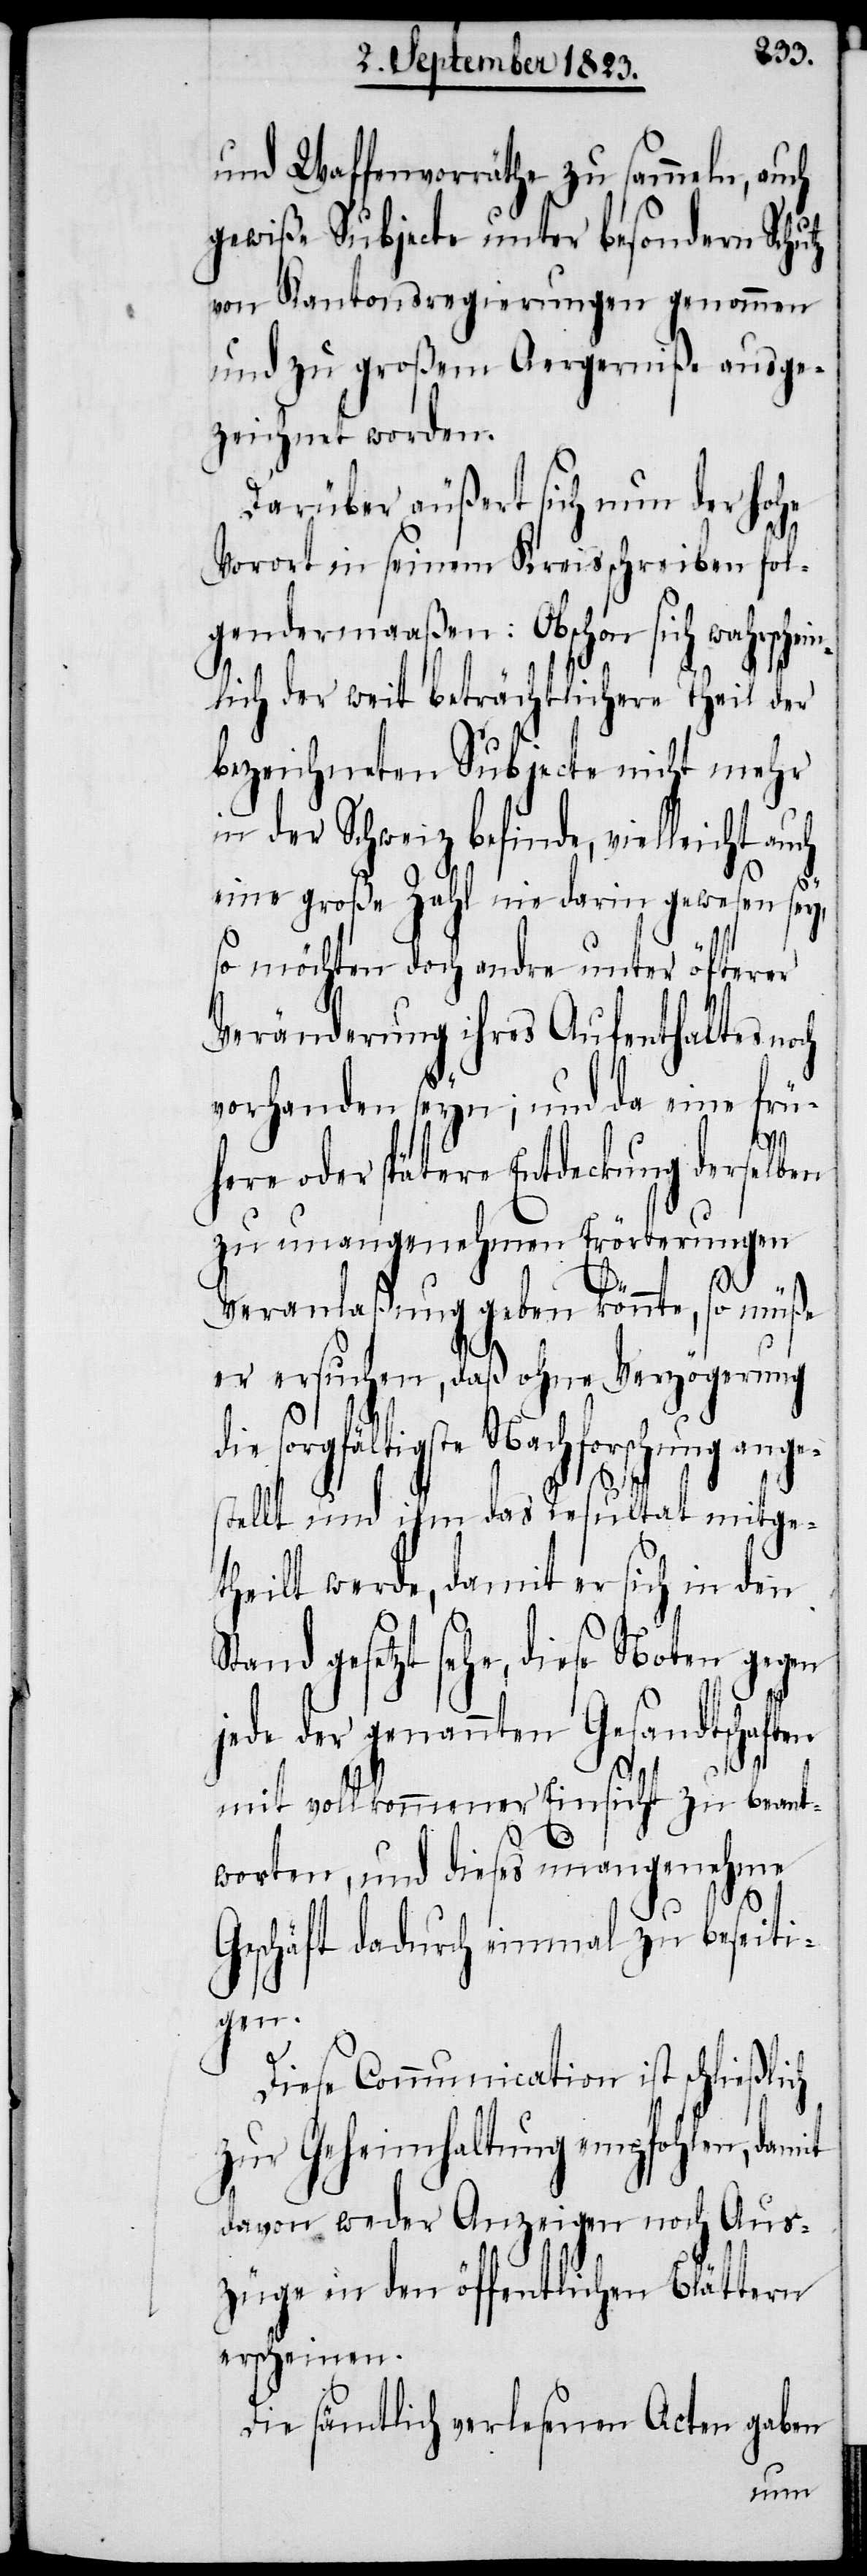
und Waffenvorräthe zu sammeln, auch
gewiße Subjecte unter besondern Sch¬
von Kantonsregierungen genommen
und zu großem Aergerniße ausge¬
zeichnet worden.
Darüber äußert sich nun der hohe
Vorort in seinem Kreisschreiben fol¬
gendermaaßen: Obschon sich wahrsche¬
lich der weit beträchtlichere Theil der
bezeichneten Subjecte nicht mehr
in der Schweiz befinde, vielleicht auch
eine große Zahl nie darin gewesen sey,
so möchten doch andre unter öfterer
Veränderung ihres Aufenthaltes noch
vorhanden seyn; und da eine frü¬
here oder spätere Entdeckung derselben
zu unangenehmen Erörterungen
d¬
in¬
Veranlaßung geben könnte, so müße
er ersuchen, daß ohne Verzögerung
ie sorgfältigste Nachforschung ange¬
stellt und ihm das Resultat mitge¬
theilt werde, damit er sich in den
Stand gesetzt sehe, diese Noten gegen
jede der genannten Gesandtschaften
mit vollkommener Einsicht zu beant¬
worten, und dieses unangenehme
Geschäft dadurch einmal zu beseiti¬
gen.
Diese Communication ist schließlich
zur Geheimhaltung empfohlen, damit
davon weder Anzeigen noch Aus¬
züge in den öffentlichen Blättern
erscheinen.
Die sämtlich verlesenen Acten gaben